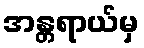
အန္တရာယ်မှ